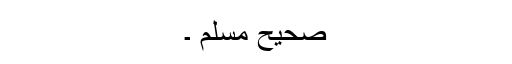
صحیح مسلم ۔